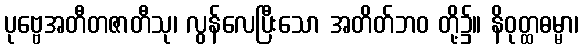
ပုဗ္ဗေအတီတဇာတီသု၊ လွန်လေပြီးသော အတိတ်ဘဝ တို့၌။ နိဝုတ္ထဓမ္မာ၊